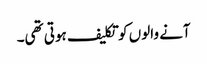
آنے والوں کو تکلیف ہوتی تھی۔